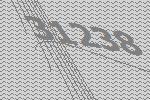
31238